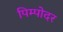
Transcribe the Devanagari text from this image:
पिम्पोदर